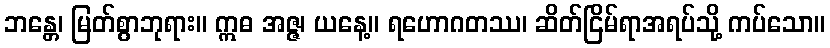
ဘန္တေ၊ မြတ်စွာဘုရား။ ဣဓ အဇ္ဇ၊ ယနေ့။ ရဟောဂတဿ၊ ဆိတ်ငြိမ်ရာအရပ်သို့ ကပ်သော။